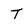
Character: T